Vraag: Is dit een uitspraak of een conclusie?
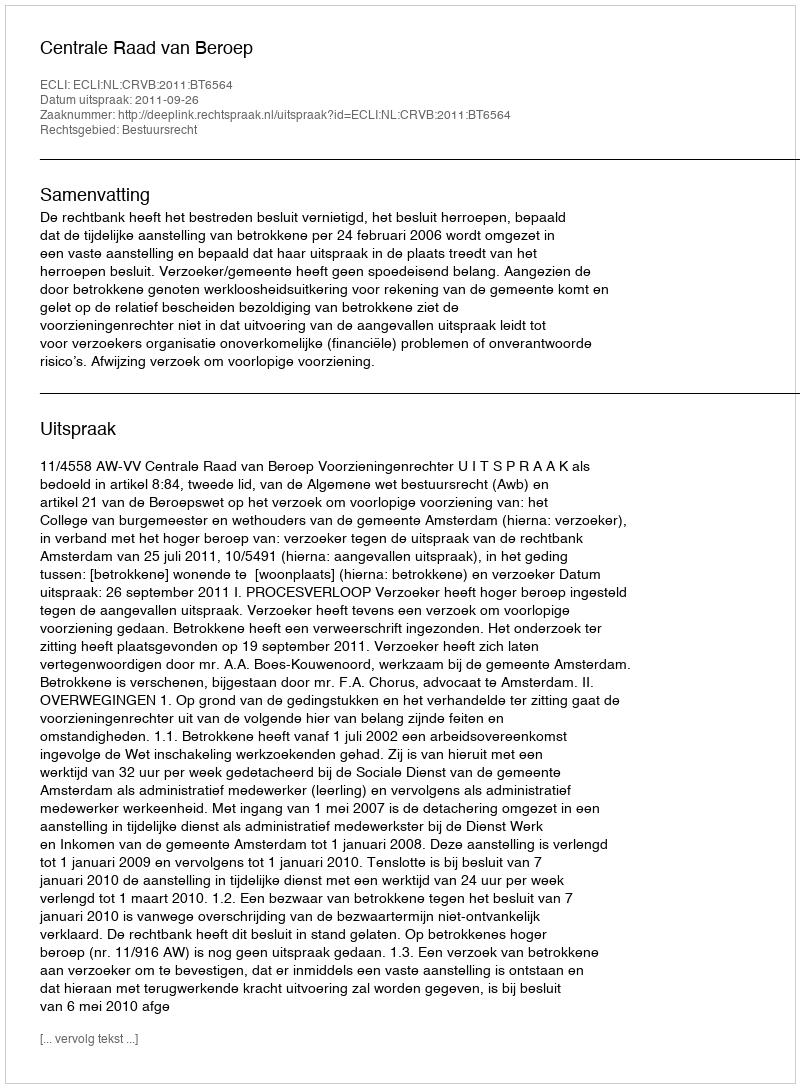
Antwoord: Uitspraak